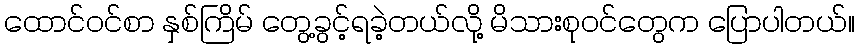
ထောင်ဝင်စာ နှစ်ကြိမ် တွေ့ခွင့်ရခဲ့တယ်လို့ မိသားစုဝင်တွေက ပြောပါတယ်။